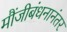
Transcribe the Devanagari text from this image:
मौंजीबंधनानंतर